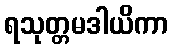
ရသုတ္တမဒါယိကာ